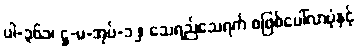
ပါ-၃၆၁၊ ဋ္ဌ-မ-အုပ်-၁၂၊ သေရည်သေရက် စဖြစ်ပေါ်လာပုံနှင့်